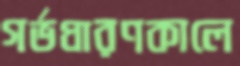
গর্ভধারণকালে